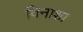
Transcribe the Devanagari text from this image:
विनाशा